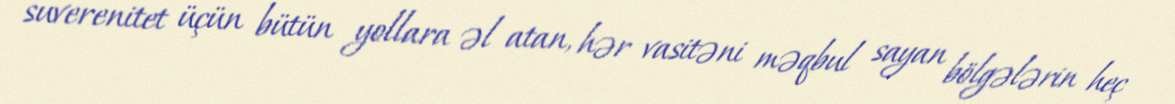
suverenitet üçün bütün yollara əl atan, hər vasitəni məqbul sayan bölgələrin heç